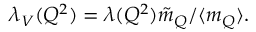
\lambda _ { V } ( Q ^ { 2 } ) = \lambda ( Q ^ { 2 } ) { \tilde { m } _ { Q } } / { \langle m _ { Q } \rangle } .